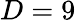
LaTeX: D=9